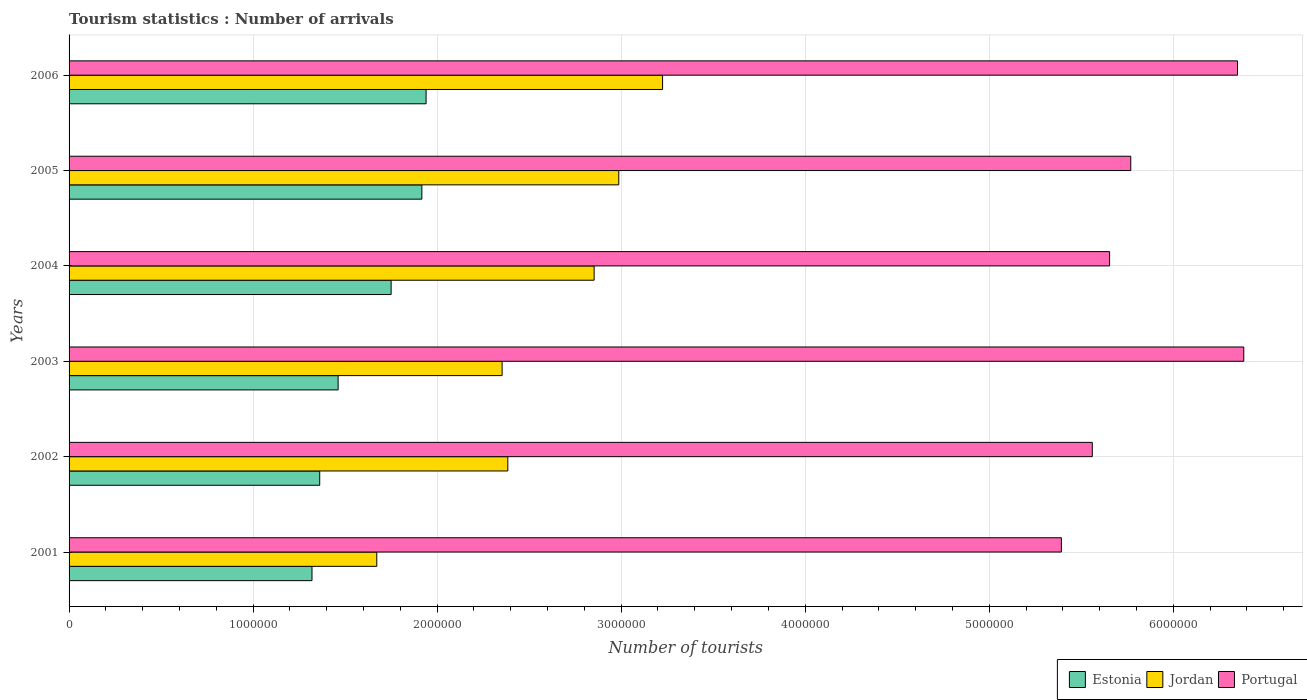
| Years | Estonia | Jordan | Portugal |
 | --- | --- | --- | --- |
 | 2001 | 1.32e+06 | 1.67e+06 | 5.39e+06 |
 | 2002 | 1.36e+06 | 2.38e+06 | 5.56e+06 |
 | 2003 | 1.46e+06 | 2.35e+06 | 6.38e+06 |
 | 2004 | 1.75e+06 | 2.85e+06 | 5.65e+06 |
 | 2005 | 1.92e+06 | 2.99e+06 | 5.77e+06 |
 | 2006 | 1.94e+06 | 3.22e+06 | 6.35e+06 |